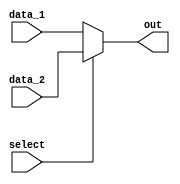
module mux2to1(data_1, data_2, out, select);
	input wire [31:0] data_1, data_2;
	input wire select;
	output reg [31:0]out;
	
	always@(*)begin
		if (select)
			out <= data_2;
		else
			out <= data_1;
	end
endmodule